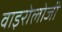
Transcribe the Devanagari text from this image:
वाइरोलोजी